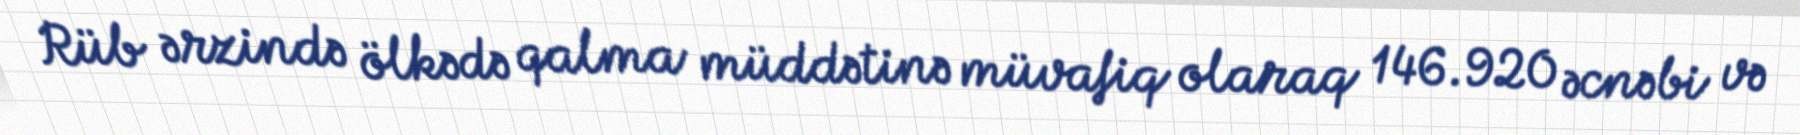
Rüb ərzində ölkədə qalma müddətinə müvafiq olaraq 146.920 əcnəbi və